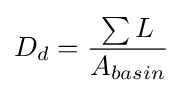
D_{d}={\frac {\sum {L}}{A_{basin}}}